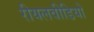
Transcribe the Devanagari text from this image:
रीयलवीडियो